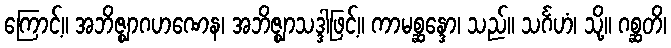
ကြောင့်။ အဘိဇ္ဈာဂဟဏေန၊ အဘိဇ္ဈာသဒ္ဒါဖြင့်။ ကာမစ္ဆန္ဒော၊ သည်။ သင်္ဂဟံ၊ သို့။ ဂစ္ဆတိ၊